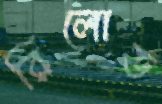
রিলোড